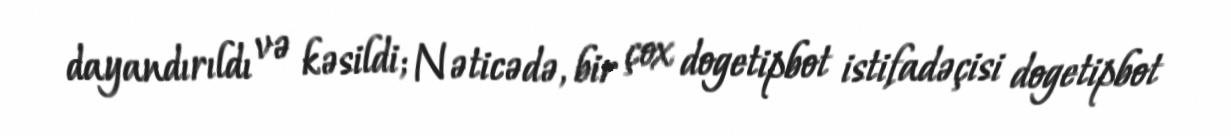
dayandırıldı və kəsildi; Nəticədə, bir çox dogetipbot istifadəçisi dogetipbot